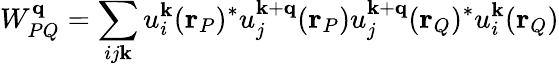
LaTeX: W_{PQ}^{\mathbf{q}}=\sum_{ij\mathbf{k}}u_{i}^{\mathbf{k}}(\mathbf{r}_{P})^{*}u_{j}^{\mathbf{k}+\mathbf{q}}(\mathbf{r}_{P})u_{j}^{\mathbf{k}+\mathbf{q}}(\mathbf{r}_{Q})^{*}u_{i}^{\mathbf{k}}(\mathbf{r}_{Q})